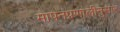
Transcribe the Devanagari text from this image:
मापनप्रणालीनुसार